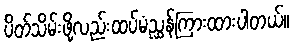
ပိတ်သိမ်းဖို့လည်းထပ်မံညွှန်ကြားထားပါတယ်။